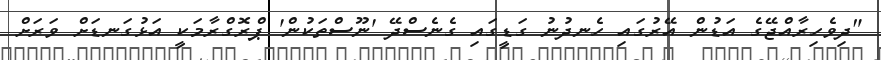
"ދިވެހިރާއްޖޭގެ އަޑުން އޭރުގައި ހެނދުނު ގަޑީގައި ގެނެސްދޭ 'ނޫސްތަކުން' ޕްރޮގްރާމަކީ އަޅުގަނޑަށް ވަަރަށް